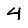
Digit: 4